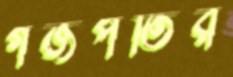
গজপতির